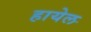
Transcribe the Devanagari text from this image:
हायेल